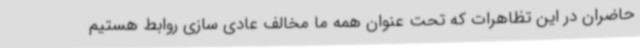
حاضران در این تظاهرات که تحت عنوان همه ما مخالف عادی سازی روابط هستیم